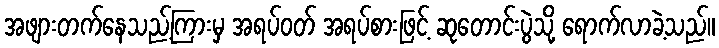
အဖျားတက်နေသည့်ကြားမှ အရပ်ဝတ် အရပ်စားဖြင့် ဆုတောင်းပွဲသို့ ရောက်လာခဲ့သည်။